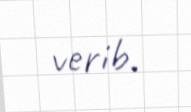
verib.